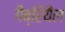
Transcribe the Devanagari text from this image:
गैब्रियैल